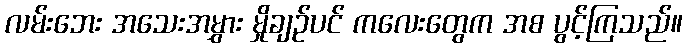
လမ်းဘေး အသေးအမွှား မှိုချဉ်ပင် ကလေးတွေက အစ ပွင့်ကြသည်။